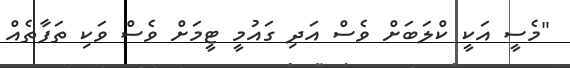
"މެސީ އަކީ ކްލަބަށް ވެސް އަދި ގައުމީ ޓީމަށް ވެސް ވަކި ތަފާތެއް